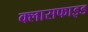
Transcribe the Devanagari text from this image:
क्लासफाइड